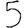
Digit: 5